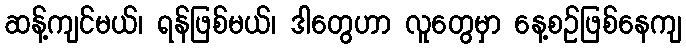
ဆန့်ကျင်မယ်၊ ရန်ဖြစ်မယ်၊ ဒါတွေဟာ လူတွေမှာ နေ့စဉ်ဖြစ်နေကျ